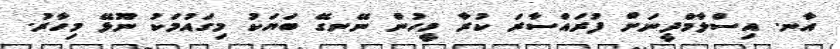
އާނ. އިސްލާމްދީނަށް ފުރައްސާރަ ކުރާ މީހުން ނޭނގޭ ބަޔަކު މިގައުމަކު ނޫޅޭ މިހާރު.